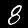
Label: 8